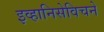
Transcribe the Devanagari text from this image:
इव्हानिसेविचने